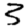
Digit: 3